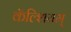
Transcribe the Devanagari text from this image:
कॅल्शियम्